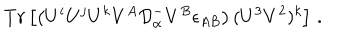
T r \left[ \left( U ^ { i } U ^ { j } U ^ { k } V ^ { A } { \cal D } _ { \alpha } ^ { - } V ^ { B } \epsilon _ { A B } \right) ( U ^ { 3 } V ^ { 2 } ) ^ { k } \right] \, .